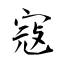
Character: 寇